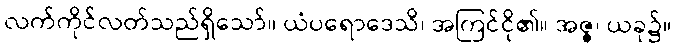
လက်ကိုင်လတ်သည်ရှိသော်။ ယံပရောဒေသိ၊ အကြင်ငို၏။ အဇ္ဇ၊ ယခု၌။